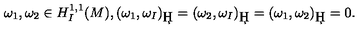
\omega _ { 1 } , \omega _ { 2 } \in H _ { I } ^ { 1 , 1 } ( M ) , ( \omega _ { 1 } , \omega _ { I } ) _ { \c H } = ( \omega _ { 2 } , \omega _ { I } ) _ { \c H } = ( \omega _ { 1 } , \omega _ { 2 } ) _ { \c H } = 0 . \ \